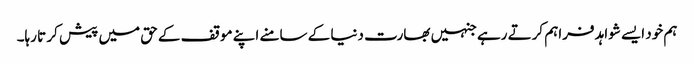
ہم خود ایسے شواہد فراہم کرتے رہے جنہیں بھارت دنیا کے سامنے اپنے موقف کے حق میں پیش کر تا رہا۔